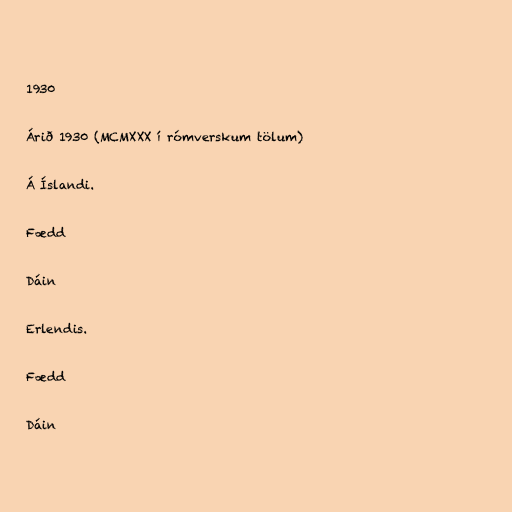
1930

Árið 1930 (MCMXXX í rómverskum tölum)

Á Íslandi.

Fædd

Dáin

Erlendis.

Fædd

Dáin